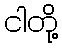
ငါတို့